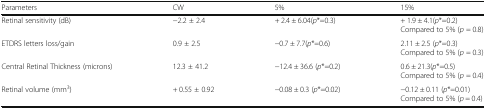
<table><thead><tr><td><b>Parameters</b></td><td><b>CW</b></td><td><b>5%</b></td><td><b>15%</b></td></tr></thead><tbody><tr><td>Retinal sensitivity (dB)</td><td>−2.2 ± 2.4</td><td>+ 2.4 ± 6.04(<i>p</i>*=0.3)</td><td>+ 1.9 ± 4.1(<i>p</i>*=0.2)Compared to 5% (<i>p</i> = 0.8)</td></tr><tr><td>ETDRS letters loss/gain</td><td>0.9 ± 2.5</td><td>−0.7 ± 7.7(<i>p</i>*=0.6)</td><td>2.11 ± 2.5 (<i>p</i>*=0.3)Compared to 5% (<i>p</i> = 0.3)</td></tr><tr><td>Central Retinal Thickness (microns)</td><td>12.3 ± 41.2</td><td>−12.4 ± 36.6 (<i>p</i>*=0.2)</td><td>0.6 ± 21.3(<i>p</i>*=0.5)Compared to 5% (<i>p</i> = 0.4)</td></tr><tr><td>Retinal volume (mm<sup>3</sup>)</td><td>+ 0.55 ± 0.92</td><td>−0.08 ± 0.3 (<i>p</i>*=0.02)</td><td>−0.12 ± 0.11 (<i>p</i>*=0.01)Compared to 5% (<i>p</i> = 0.4)</td></tr></tbody></table>